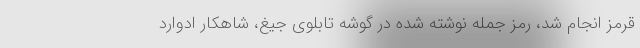
قرمز انجام شد، رمز جمله نوشته شده در گوشه تابلوی جیغ، شاهکار ادوارد